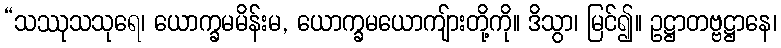
“သဿုသသုရေ၊ ယောက္ခမမိန်းမ, ယောက္ခမယောကျ်ားတို့ကို။ ဒိသွာ၊ မြင်၍။ ဥဋ္ဌာတဗ္ဗဋ္ဌာနေ၊